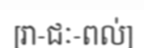
[រា-ជៈ-ពល់]